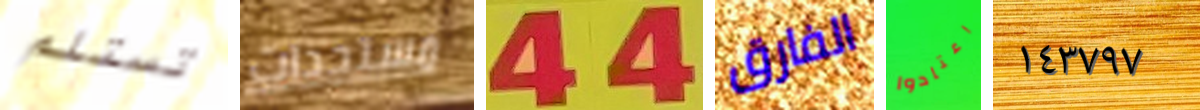
تستلم مستجدات 44 الفارق اعتادوا ١٤٣٧٩٧